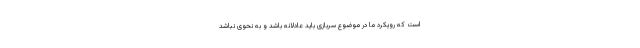
است که رویکرد ما در موضوع سربازی باید عادلانه باشد و به نحوی نباشد